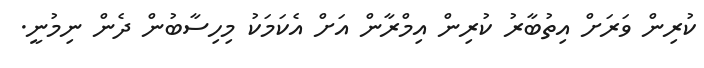
ކުރިން ވަރަށް އިތުބާރު ކުރިން އިމްރާން އަށް އެކަމަކު މިހިސާބުން ދެން ނިމުނީ.